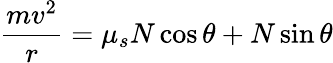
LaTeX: {\frac{mv^{2}}{r}}=\mu_{s}N\cos\theta+N\sin\theta